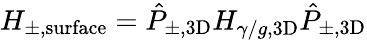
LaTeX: H_{\pm,\mathrm{surface}}=\hat{P}_{\pm,\mathrm{3D}}H_{\gamma/g,\mathrm{3D}}\hat{P}_{\pm,\mathrm{3D}}